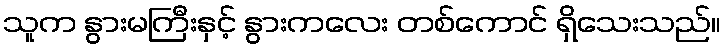
သူက နွားမကြီးနှင့် နွားကလေး တစ်ကောင် ရှိသေးသည်။